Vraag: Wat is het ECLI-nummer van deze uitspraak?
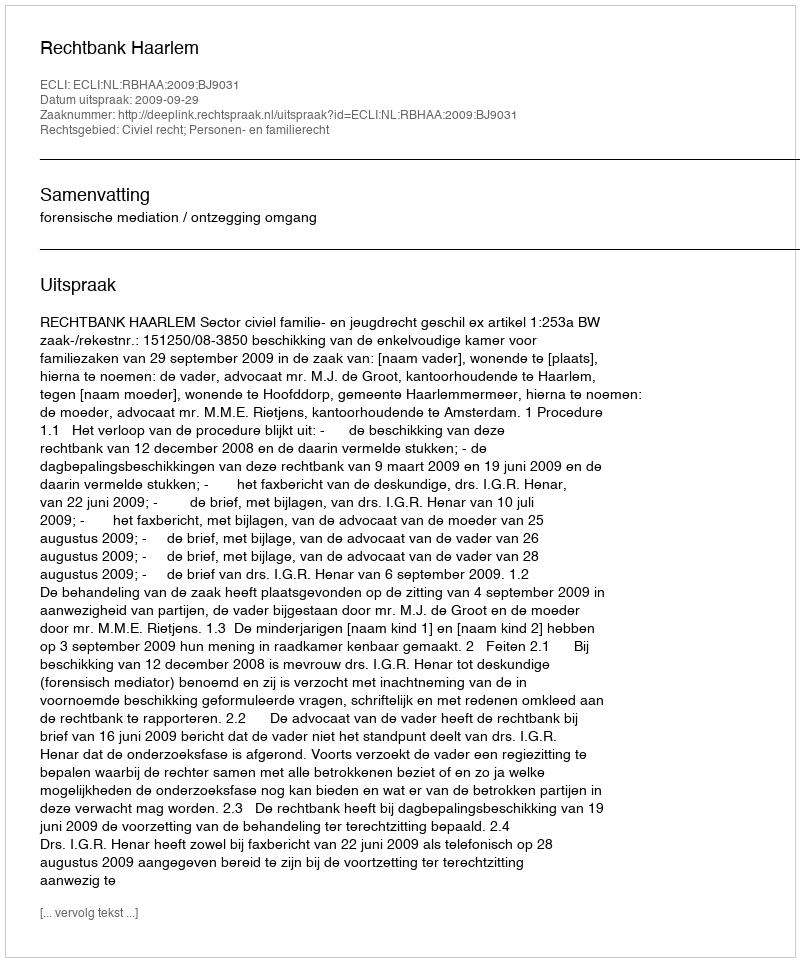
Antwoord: ECLI:NL:RBHAA:2009:BJ9031